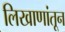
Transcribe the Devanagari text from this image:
लिखाणांतून